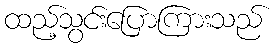
ထည့်သွင်းပြောကြားသည်